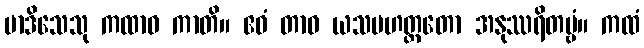
မာဒိသေသု ကထာဝ ကာတိ။ ဧဝံ တာဝ ယသမဟတ္တတော အနုဿရိတဗ္ဗံ။ ကထံ